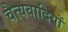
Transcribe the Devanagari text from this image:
चैत्यवादियों